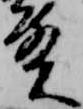
殿